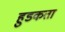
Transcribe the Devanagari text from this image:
हुडकता